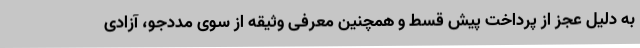
به دلیل عجز از پرداخت پیش قسط و همچنین معرفی وثیقه از سوی مددجو، آزادی